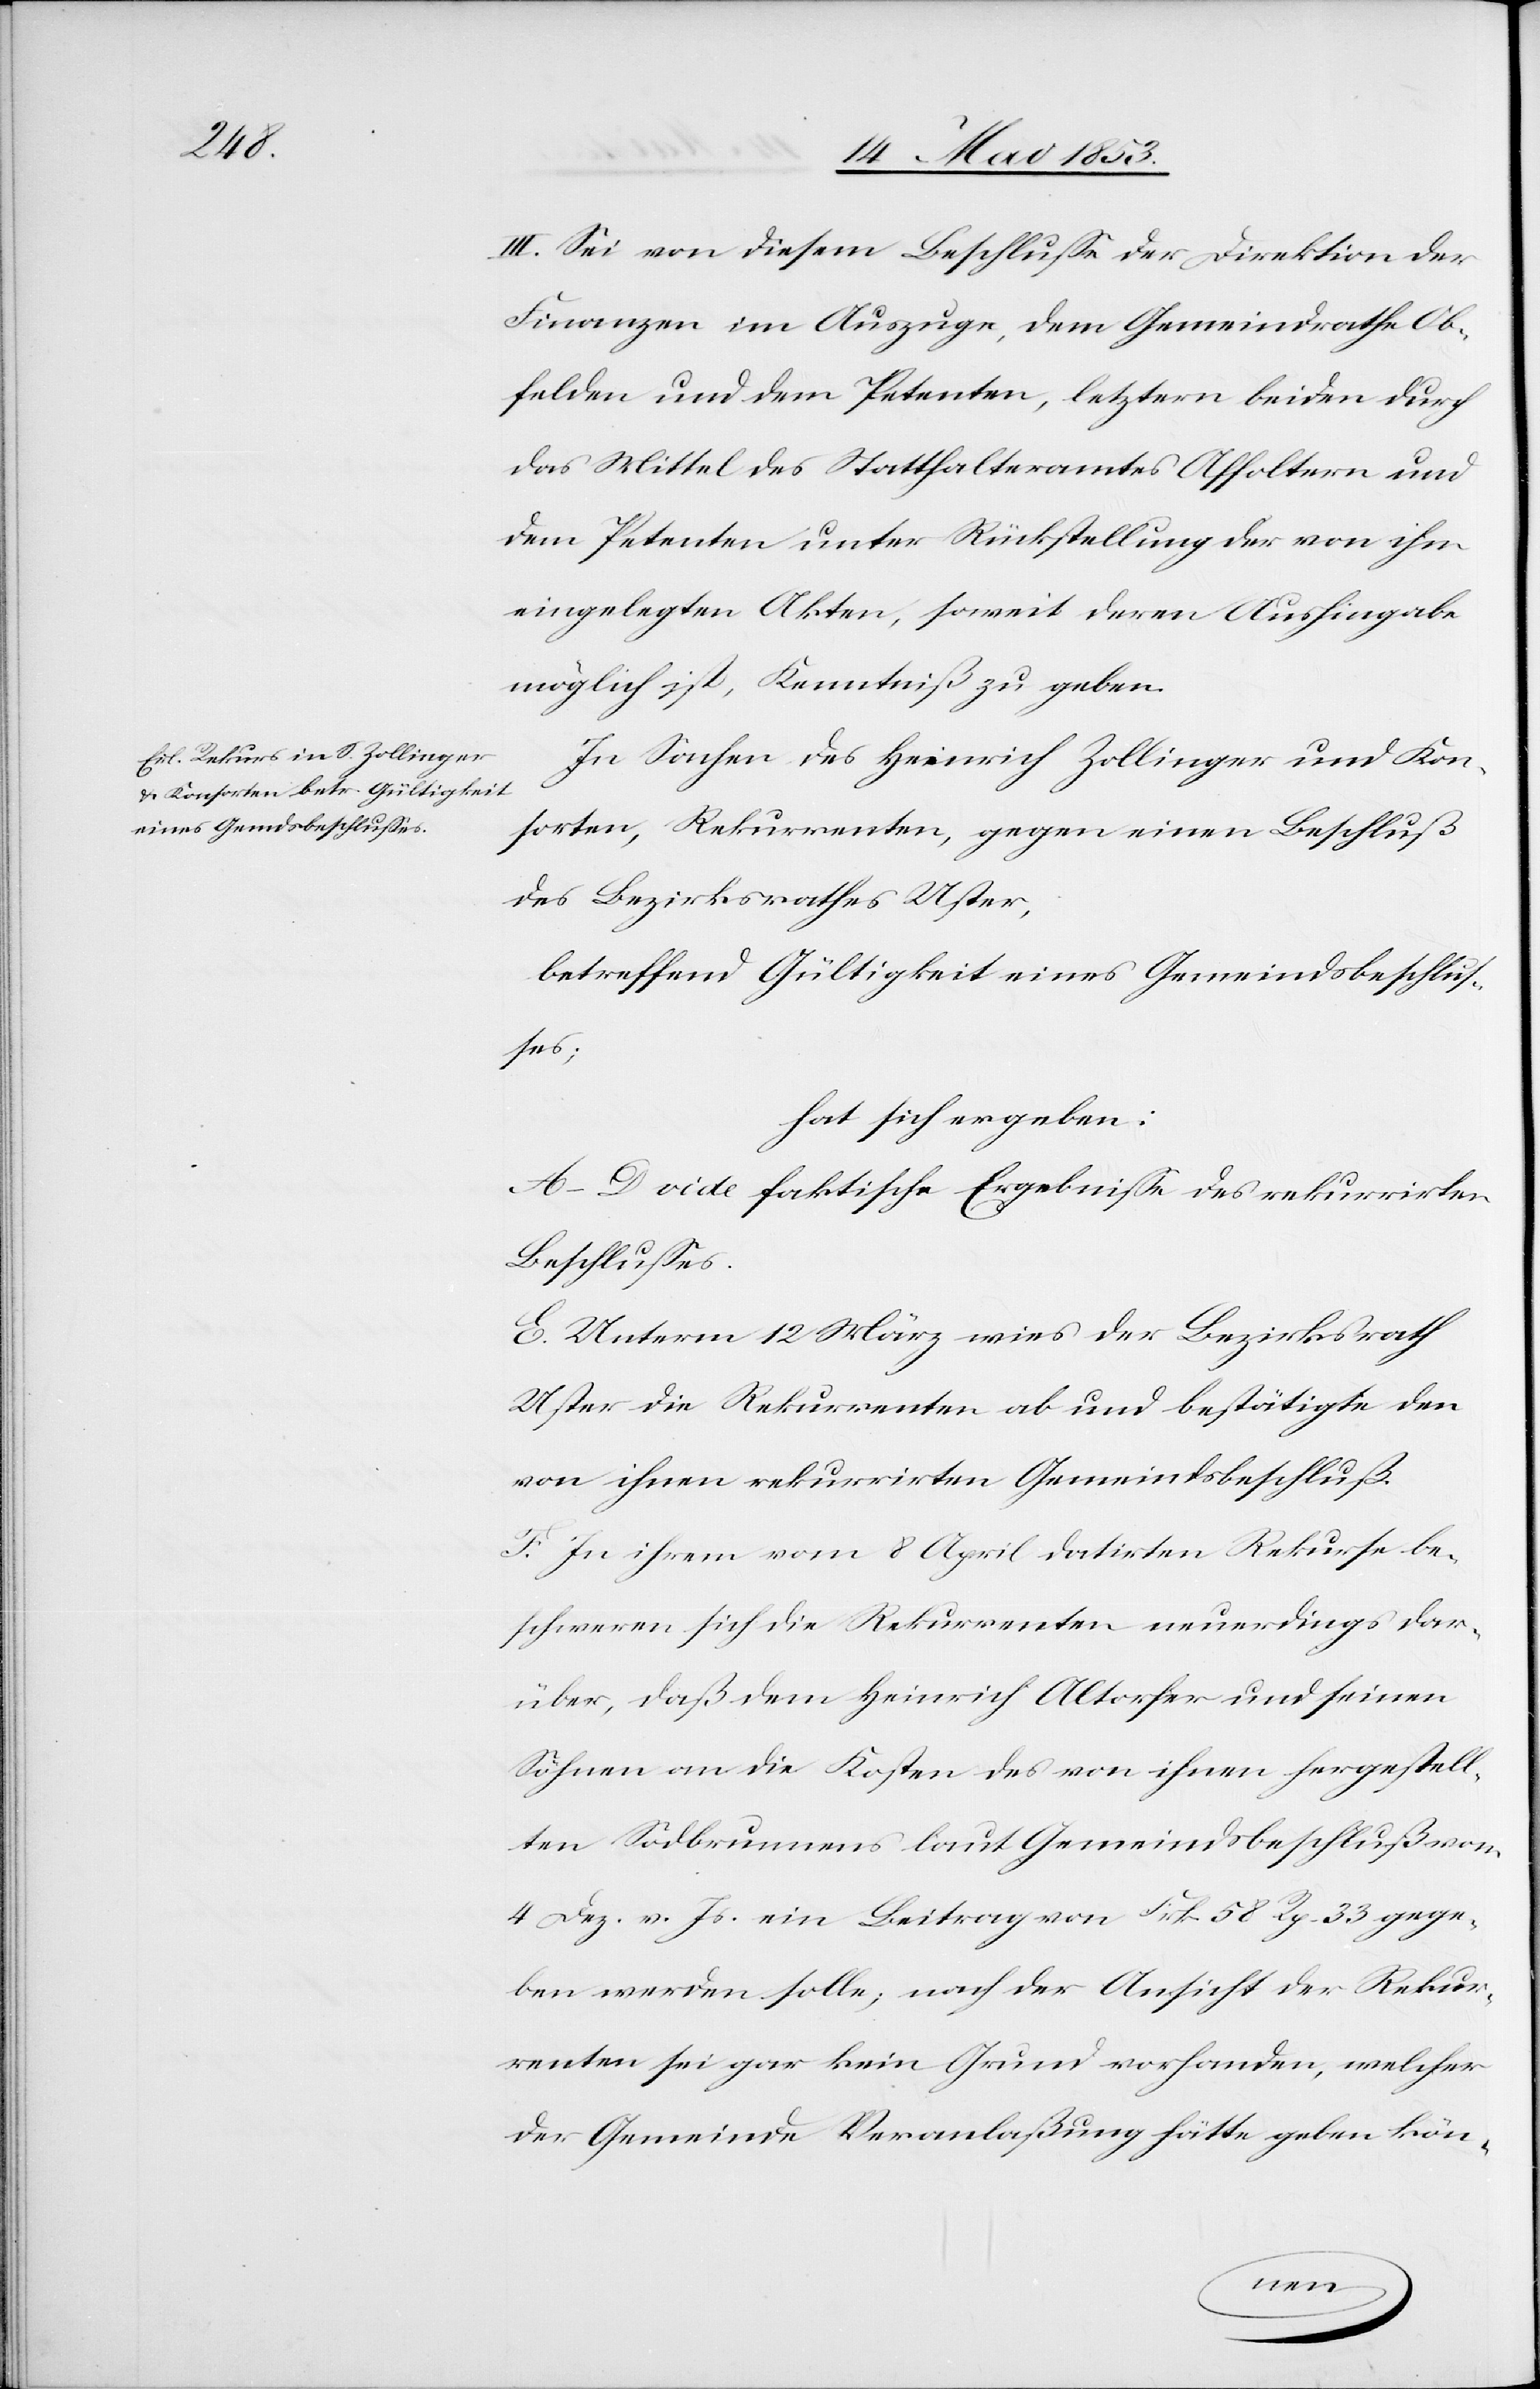
III. Sei von diesem Beschluße der Direktion der
Finanzen im Auszuge, dem Gemeindrathe Ob¬
felden und dem Petenten, letztern beiden durch
das Mittel des Statthalteramtes Affoltern und
dem Petenten unter Rückstellung der von ihm
eingelegten Akten, soweit deren Aushingabe
möglich ist, Kenntniß zu geben.
In Sachen des Heinrich Zollinger und Kon¬
sorten, Rekurrenten, gegen einen Beschluß
des Bezirksrathes Uster,
betreffend Gültigkeit eines Gemeindsbeschluß¬
es;
hat sich ergeben:
A–D. vide faktische Ergebniße des rekurrirten
Beschlußes.
E. Unterm 12 März wies der Bezirksrath
Uster die Rekurrenten ab und bestätigte den
von ihnen rekurrirten Gemeindsbeschluß.
F. In ihrem vom 8 April datirten Rekurse be¬
schweren sich die Rekurrenten neuerdings dar¬
über, daß dem Heinrich Altorfer und seinen
Söhnen an die Kosten des von ihnen hergestell¬
ten Sodbrunnens laut Gemeindsbeschluß vom
4 Dez. vor. Js. ein Beitrag von Frk. 58 Rp. 33 gege¬
ben werden solle; nach der Ansicht der Rekur¬
renten sei gar kein Grund vorhanden, welcher
der Gemeinde Veranlaßung hätte geben kön-